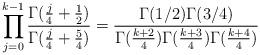
\begin{align*}\prod_{j=0}^{k-1}\frac{\Gamma(\frac{j}{4}+\frac{1}{2})}{\Gamma(\frac{j}{4}+\frac{5}{4})}= \frac{\Gamma(1/2)\Gamma(3/4)}{\Gamma(\frac{k+2}{4})\Gamma(\frac{k+3}{4})\Gamma(\frac{k+4}{4})}\end{align*}